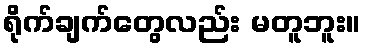
ရိုက်ချက်တွေလည်း မတူဘူး။